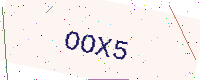
Text: OOX5